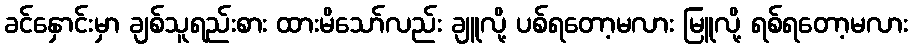
ခင်နှောင်းမှာ ချစ်သူရည်းစား ထားမိသော်လည်း ချူလို့ ပစ်ရတော့မလား မြူလို့ ရစ်ရတော့မလား